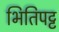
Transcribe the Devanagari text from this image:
भितिपट्ट